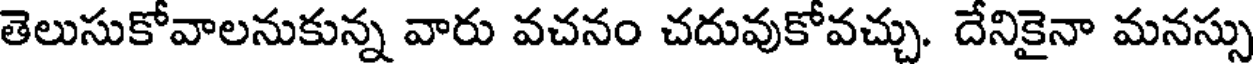
తెలుసుకోవాలనుకున్న వారు వచనం చదువుకోవచ్చు. దేనికైనా మనస్సు